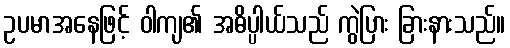
ဥပမာအနေဖြင့် ဝါကျ၏ အဓိပ္ပါယ်သည် ကွဲပြား ခြားနားသည်။